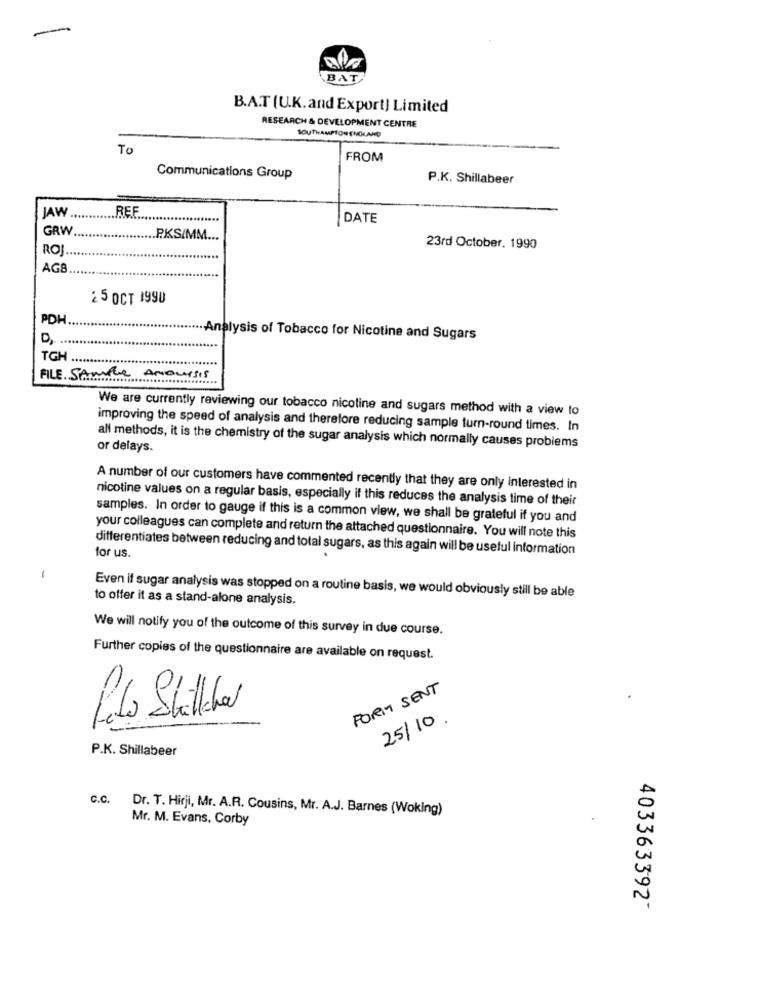
-
BAT
B.A.T (U.K.and Export) Limited
RESEARCH & DEVELOPMENT CENTRE
SOUTHAMPTONENGLAND
To
FROM
Communications Group
P.K. Shillabeer
JAW
REF
DATE
GRW
P.KS/MM ...
ROJ
23rd October, 1990
AG8
2 5 OCT 1990
PDH
....... Analysis of Tobacco for Nicotine and Sugars
......
TGH .
FILE Sample Anowisis
We are currently reviewing our tobacco nicoline and sugars method with a view to
improving the speed of analysis and therefore reducing sample turn-round times. In
or delays.
all methods, it is the chemistry of the sugar analysis which normally causes problems
A number of our customers have commented recently that they are only interested in
nicotine values on a regular basis, especially if this reduces the analysis time of their
samples. In order to gauge if this is a common view, we shall be grateful if you and
your colleagues can complete and return the attached questionnaire. You will note this
for us.
differentiates between reducing and total sugars, as this again will be useful information
Even if sugar analysis was stopped on a routine basis, we would obviously still be able
to offer it as a stand-alone analysis.
We will notify you of the outcome of this survey in due course.
Further copies of the questionnaire are available on request.
FORI SENT
25/10.
P.K. Shillabeer
c.c. Dr. T. Hirji, Mr. A.R. Cousins, Mr. A.J. Barnes (Woking)
Mr. M. Evans, Corby
403363392